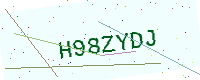
Text: H98ZYDJ